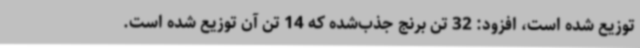
توزیع شده است، افزود: 32 تن برنج جذب‌شده که 14 تن آن توزیع شده است.